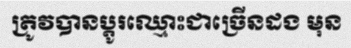
ត្រូវបានប្តូរឈ្មោះជាច្រើនដង មុន